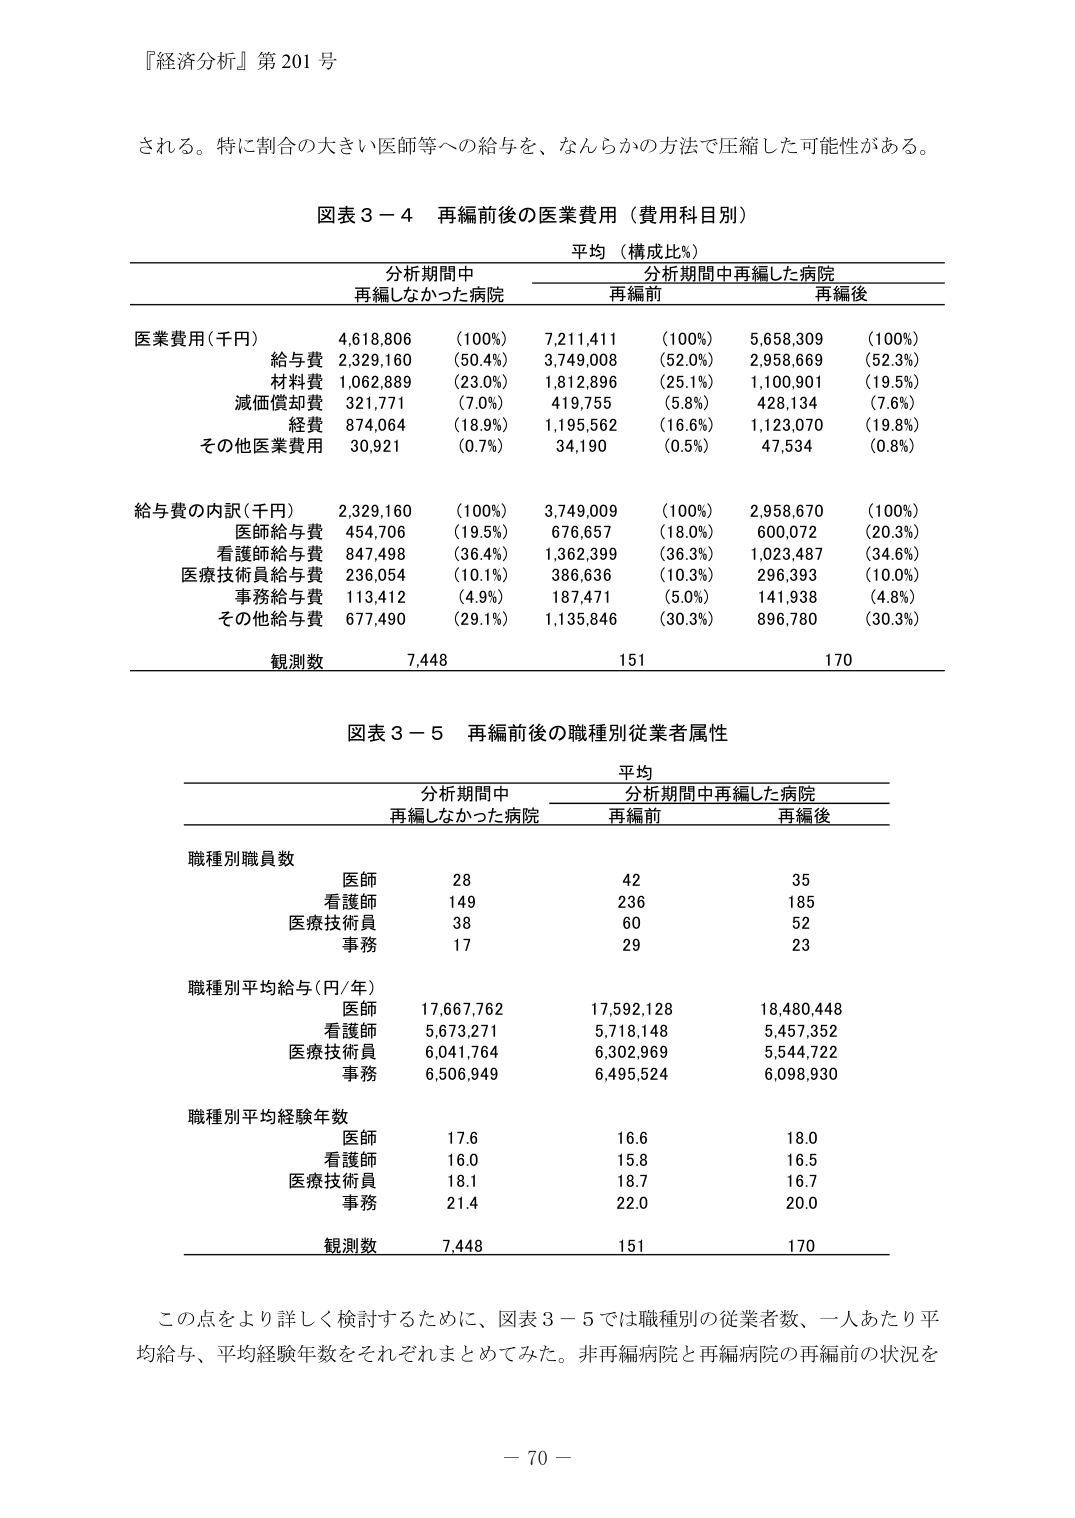
『経済分析』第 201 号

される。特に割合の大きい医師等への給与を、なんらかの方法で圧縮した可能性がある。

図表 3－4 再編前後の医業費用（費用科目別）

平均（構成比％）

分析期間中
再編しなかった病院

分析期間中再編した病院
再編前
再編後

医業費用（千円）
4,618,806 （100%）
7,211,411 （100%）
5,658,309 （100%）

　給与費 2,329,160 （50.4%）
　　3,749,008 （52.0%）
　　2,958,669 （52.3%）

　材料費 1,062,889 （23.0%）
　　1,812,896 （25.1%）
　　1,100,901 （19.5%）

　減価償却費 321,771 （7.0%）
　　419,755 （5.8%）
　　428,134 （7.6%）

　経費 874,064 （18.9%）
　　1,195,562 （16.6%）
　　1,123,070 （19.8%）

　その他医業費用 30,921 （0.7%）
　　34,190 （0.5%）
　　47,534 （0.8%）

給与費の内訳（千円）
2,329,160 （100%）
3,749,009 （100%）
2,958,670 （100%）

　医師給与費 454,706 （19.5%）
　　676,657 （18.0%）
　　600,072 （20.3%）

　看護師給与費 847,498 （36.4%）
　　1,362,399 （36.3%）
　　1,023,487 （34.6%）

　医療技術員給与費 236,054 （10.1%）
　　386,636 （10.3%）
　　296,393 （10.0%）

　事務給与費 113,412 （4.9%）
　　187,471 （5.0%）
　　141,938 （4.8%）

　その他給与費 677,490 （29.1%）
　　1,135,846 （30.3%）
　　896,780 （30.3%）

観測数
7,448
151
170

図表 3－5 再編前後の職種別従業者属性

平均

分析期間中
再編しなかった病院

分析期間中再編した病院
再編前
再編後

職種別職員数

　医師 28 42 35

　看護師 149 236 185

　医療技術員 38 60 52

　事務 17 29 23

職種別平均給与（円/年）

　医師 17,667,762 17,592,128 18,480,448

　看護師 5,673,271 5,718,148 5,457,352

　医療技術員 6,041,764 6,302,969 5,544,722

　事務 6,506,949 6,495,524 6,098,930

職種別平均経験年数

　医師 17.6 16.6 18.0

　看護師 16.0 15.8 16.5

　医療技術員 18.1 18.7 16.7

　事務 21.4 22.0 20.0

観測数
7,448
151
170

この点をより詳しく検討するために、図表 3－5 では職種別の従業者数、一人あたり平均給与、平均経験年数をそれぞれまとめた。非再編病院と再編病院の再編前の状況を

－ 70 －